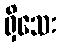
ရှိသေး